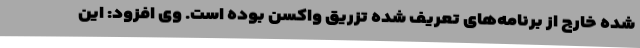
شده خارج از برنامه‌های تعریف شده تزریق واکسن بوده است. وی افزود: این